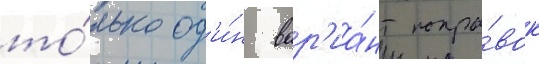
то́лько од'и́н вар'иа́нт попра́вок